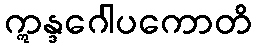
ဣန္ဒဂေါပကောတိ